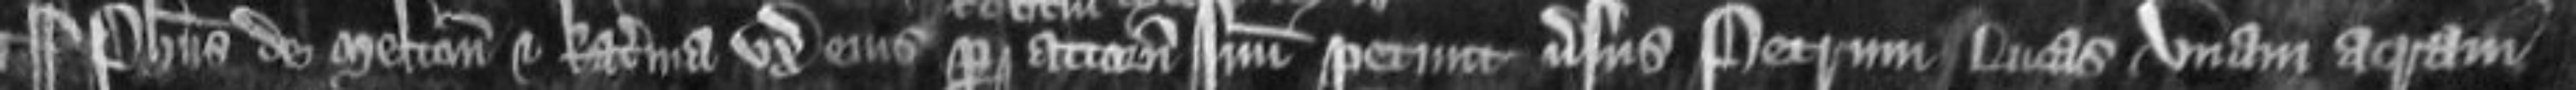
¶Phillipus de Melton et Katerina uxor ejus per attornatum suum petunt versus Petrum Lucas unam acram